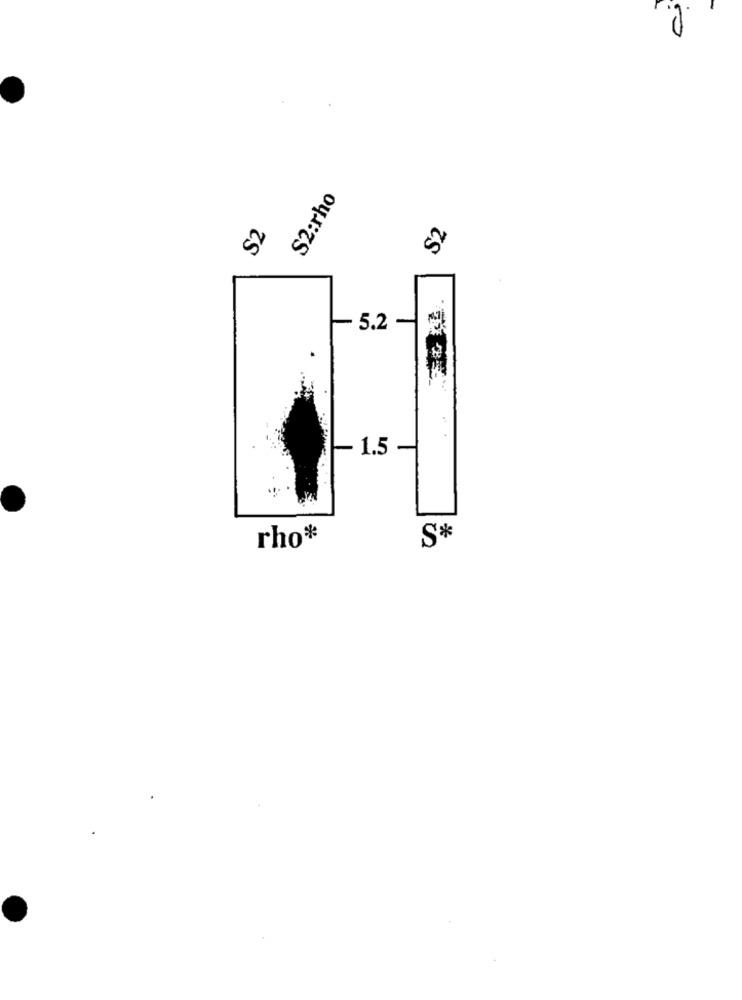
S2:rho
S2
5.2
1.5
S*
rho*